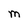
Character: M